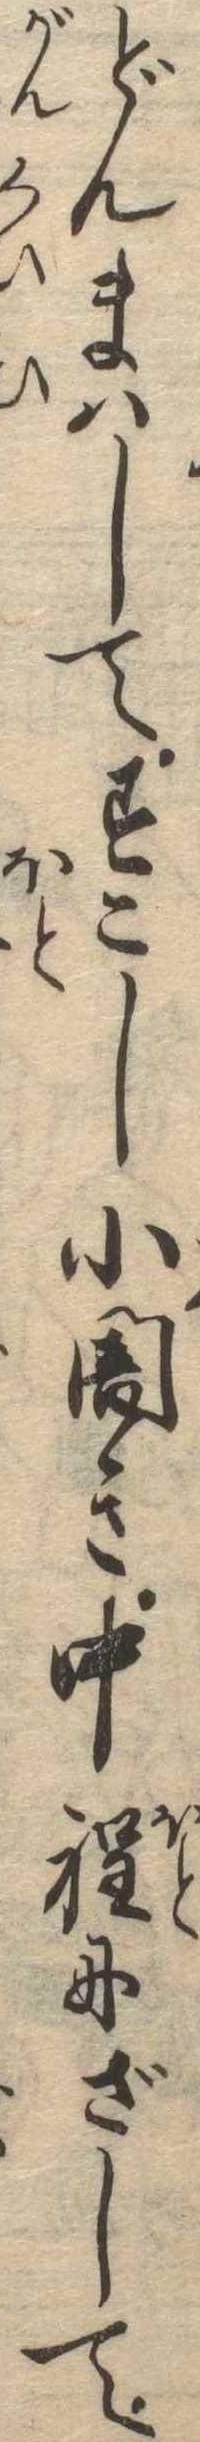
どんまはしてすこし小闇き中程にざして